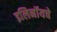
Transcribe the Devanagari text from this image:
इलिनॉयचे